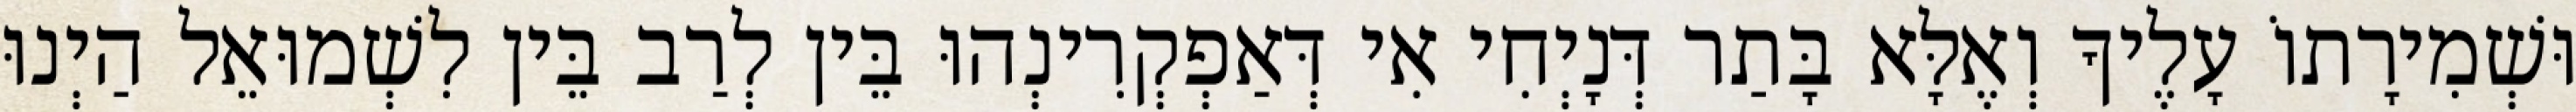
וּשְׁמִירָתוֹ עָלֶיךָ וְאֶלָּא בָּתַר דְּנָיְחִי אִי דְּאַפְקְרִינְהוּ בֵּין לְרַב בֵּין לִשְׁמוּאֵל הַיְנוּ